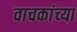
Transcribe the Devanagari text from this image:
वाचकांच्‍या